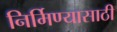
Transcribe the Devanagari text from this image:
निर्मिण्यासाठी